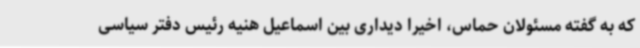
که به گفته مسئولان حماس، اخیرا دیداری بین اسماعیل هنیه رئیس دفتر سیاسی